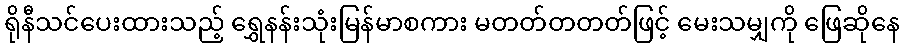
ရိုနီသင်ပေးထားသည့် ရွှေနန်းသုံးမြန်မာစကား မတတ်တတတ်ဖြင့် မေးသမျှကို ဖြေဆိုနေ